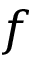
f